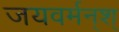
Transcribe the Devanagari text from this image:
जयवर्मन्‌श्